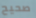
صحيح